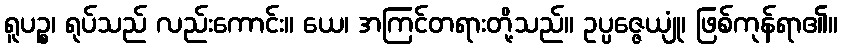
ရူပဉ္စ၊ ရုပ်သည် လည်းကောင်း။ ယေ၊ အကြင်တရားတို့သည်။ ဥပ္ပဇ္ဇေယျုံ၊ ဖြစ်ကုန်ရာ၏။